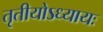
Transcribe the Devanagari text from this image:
तृतीयोऽध्यायः